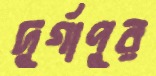
দুর্গাপুর